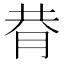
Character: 𦚴